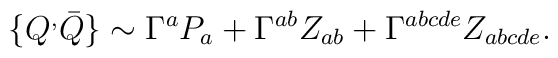
\{Q^{,}\bar{Q}\}\sim \Gamma ^{a}P_{a}+ \Gamma ^{ab}Z_{ab}+ \Gamma^{abcde}Z_{abcde}.